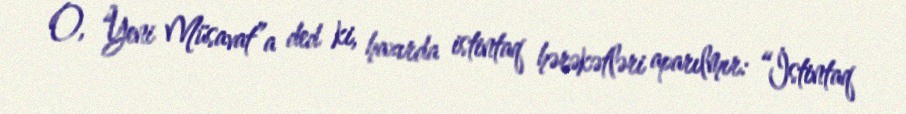
O, “Yeni Müsavat”a ded ki, hazırda istintaq hərəkətləri aparılmır: “İstintaq